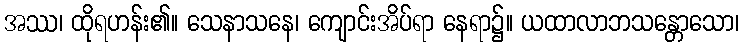
အဿ၊ ထိုရဟန်း၏။ သေနာသနေ၊ ကျောင်းအိပ်ရာ နေရာ၌။ ယထာလာဘသန္တောသော၊